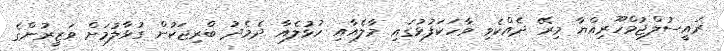
ރައީސުލްޖުމްހޫރިއްޔާ މިރޭ ދެއްކެވި ވާހަކަފުޅުގައި މާލެއާއި ހުޅުލެއާ ދެމެދު ބްރިޖަކުން ގުޅާލުމަށް ވަޒީރުންގެ